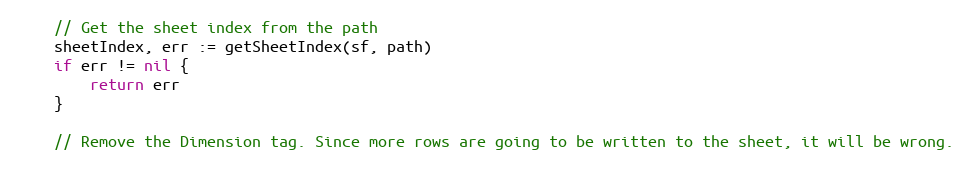
Language: Go
	// Get the sheet index from the path
	sheetIndex, err := getSheetIndex(sf, path)
	if err != nil {
		return err
	}

	// Remove the Dimension tag. Since more rows are going to be written to the sheet, it will be wrong.